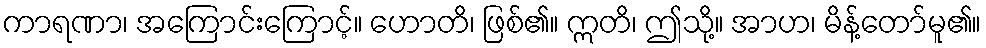
ကာရဏာ၊ အကြောင်းကြောင့်။ ဟောတိ၊ ဖြစ်၏။ ဣတိ၊ ဤသို့။ အာဟ၊ မိန့်တော်မူ၏။